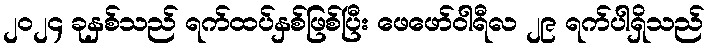
၂၀၂၄ ခုနှစ်သည် ရက်ထပ်နှစ်ဖြစ်ပြီး ဖေဖော်ဝါရီလ ၂၉ ရက်ပါရှိသည်